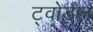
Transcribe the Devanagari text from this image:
ट्वोडल